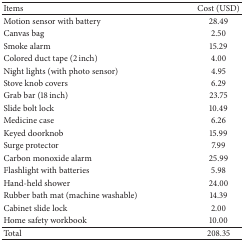
<table><thead><tr><td><b>Items</b></td><td><b>Cost (USD)</b></td></tr></thead><tbody><tr><td>Motion sensor with battery</td><td>28.49</td></tr><tr><td>Canvas bag</td><td>2.50</td></tr><tr><td>Smoke alarm</td><td>15.29</td></tr><tr><td>Colored duct tape (2 inch)</td><td>4.00</td></tr><tr><td>Night lights (with photo sensor)</td><td>4.95</td></tr><tr><td>Stove knob covers</td><td>6.29</td></tr><tr><td>Grab bar (18 inch)</td><td>23.75</td></tr><tr><td>Slide bolt lock</td><td>10.49</td></tr><tr><td>Medicine case </td><td>6.26</td></tr><tr><td>Keyed doorknob</td><td>15.99</td></tr><tr><td>Surge protector</td><td>7.99</td></tr><tr><td>Carbon monoxide alarm</td><td>25.99</td></tr><tr><td>Flashlight with batteries</td><td>5.98</td></tr><tr><td>Hand-held shower</td><td>24.00</td></tr><tr><td>Rubber bath mat (machine washable)</td><td>14.39</td></tr><tr><td>Cabinet slide lock</td><td>2.00</td></tr><tr><td>Home safety workbook</td><td>10.00</td></tr><tr><td>Total</td><td>208.35</td></tr></tbody></table>